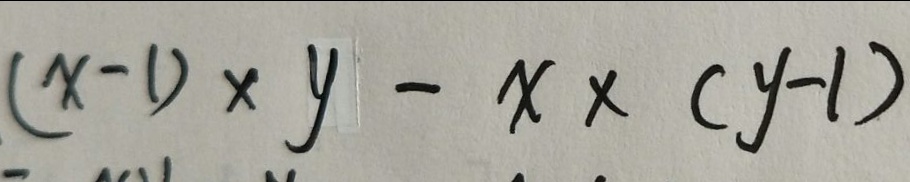
( x - 1 ) \times y - x \times ( y - 1 )